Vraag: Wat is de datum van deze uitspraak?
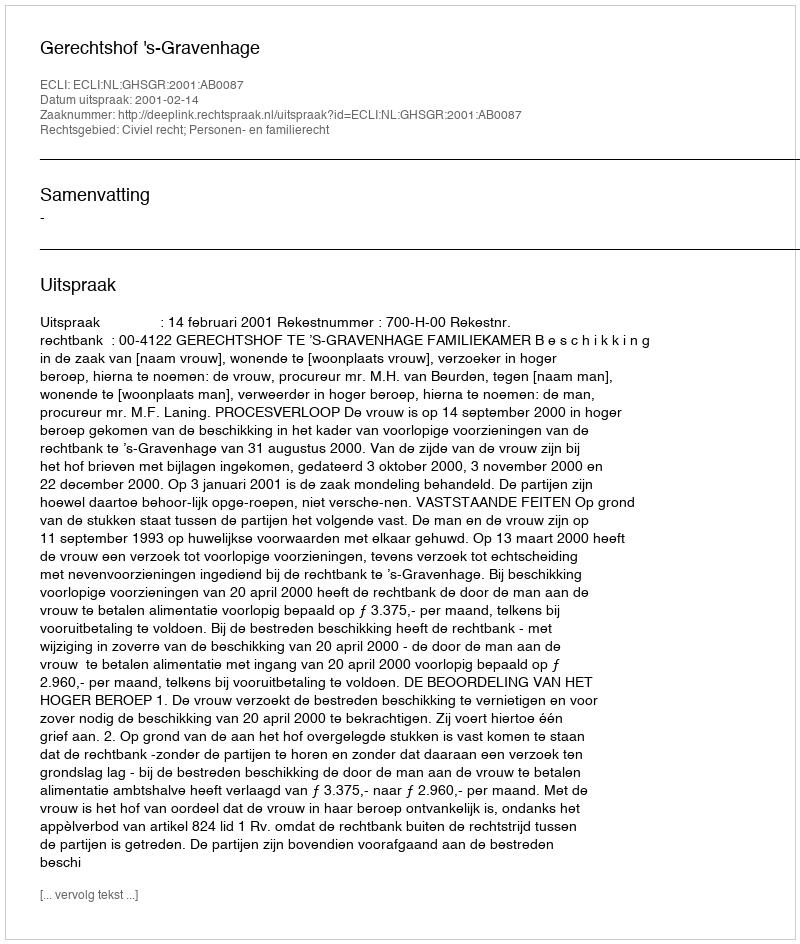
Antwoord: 2001-02-14